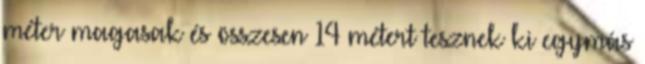
méter magasak és összesen 14 métert tesznek ki egymás